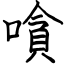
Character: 嗿